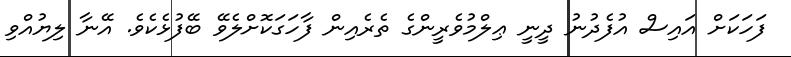
ފަހަކަށް އައިސް އުފެދުނު ދީނީ ޢިލްމުވެރީންގެ ތެރެއިން ފާހަގަކޮށްލެވޭ ބޭފުޅެކެވެ. އޭނާ ލިޔުއްވި